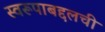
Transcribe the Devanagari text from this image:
स्वरूपाबद्दलची